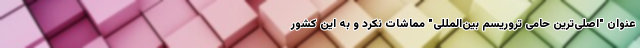
عنوان "اصلی‌ترین حامی تروریسم بین‌المللی" مماشات نکرد و به این کشور